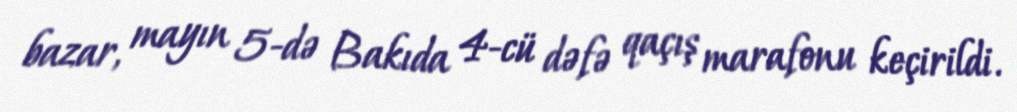
bazar, mayın 5-də Bakıda 4-cü dəfə qaçış marafonu keçirildi.